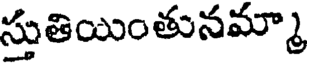
స్తుతియింతునమ్మా